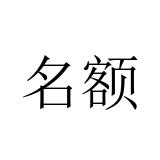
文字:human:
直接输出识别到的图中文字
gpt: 名额